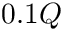
0 . 1 Q